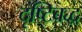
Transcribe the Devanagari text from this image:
दृष्टिबद्ध